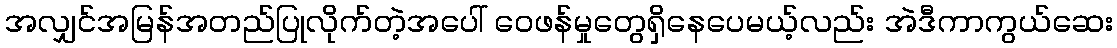
အလျှင်အမြန်အတည်ပြုလိုက်တဲ့အပေါ် ဝေဖန်မှုတွေရှိနေပေမယ့်လည်း အဲဒီကာကွယ်ဆေး